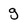
Character: g